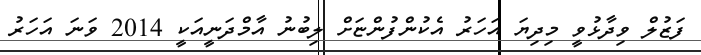
ފަޒުލް ވިދާޅުވީ މިދިޔަ އަހަރު އެކުންފުންޏަށް ލިބުނު އާމްދަނީއަކީ 2014 ވަނަ އަހަރު